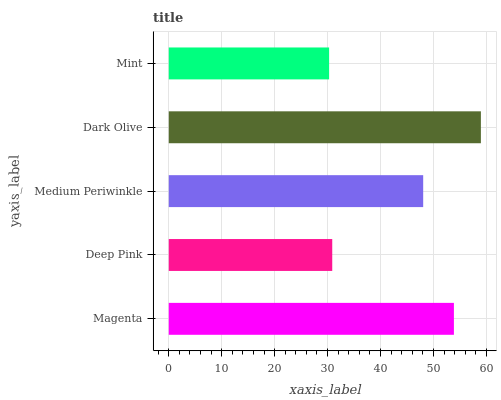
| yaxis_label | bars |
 | --- | --- |
 | Magenta | 53.9 |
 | Deep Pink | 30.9 |
 | Medium Periwinkle | 48.1 |
 | Dark Olive | 59 |
 | Mint | 30.3 |